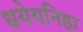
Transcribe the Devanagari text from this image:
धयेयनिष्ठा